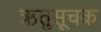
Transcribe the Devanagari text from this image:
ऋतुसूचक